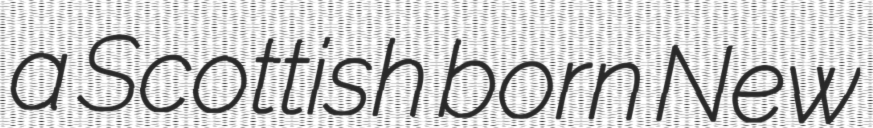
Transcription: a Scottish born New